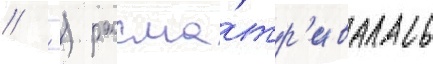
//  ) рассма́тр'ивалась